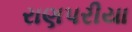
રાણપરીયા